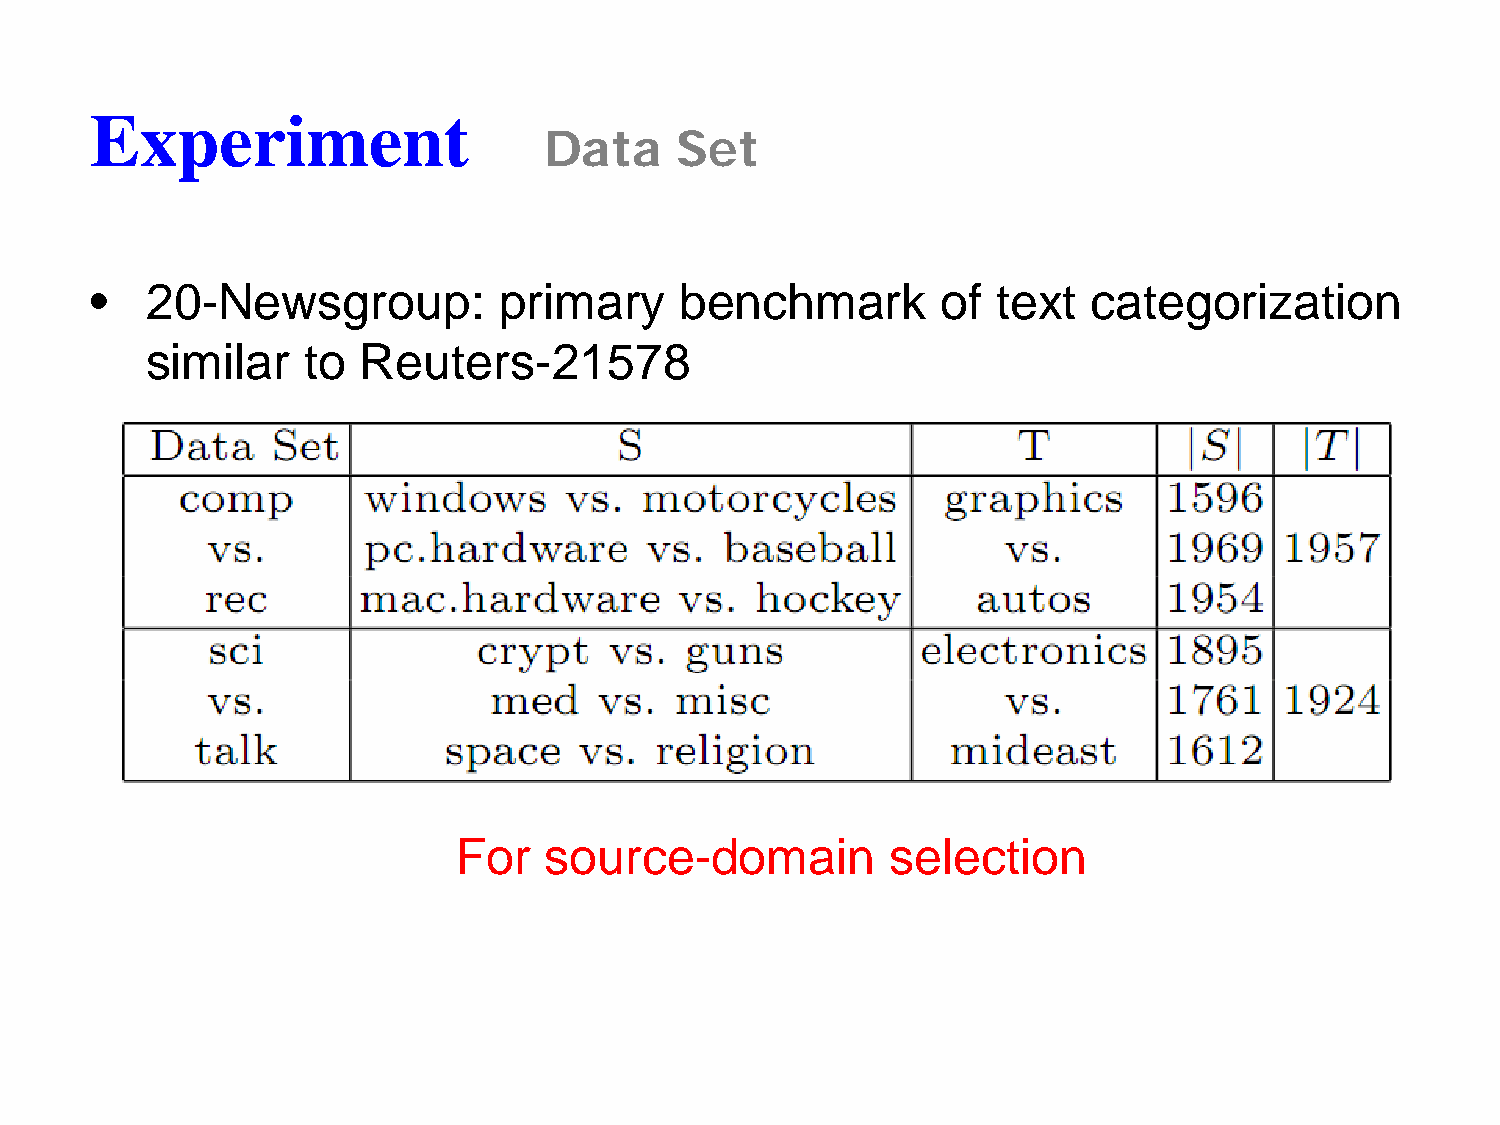
Experiment
 Data     Set
 •   20-Newsgroup:          primary     benchmark        of  text  categorization
 similar   to  Reuters-21578
 For   source-domain          selection